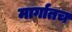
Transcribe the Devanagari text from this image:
मार्गातच